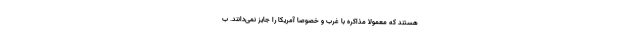
هستند که معمولا مذاکره با غرب و خصوصا آمریکا را جایز نمی‌دانند. ب